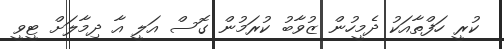
ކުރީ ހަފްތާއަކު ދެމީހުން ޒުވާބު ކުރަމުން ގޮސް އަލީ އާ ދިމާލަށް ޓީވީ